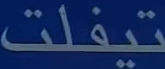
تيفلت